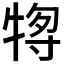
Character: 𰠶